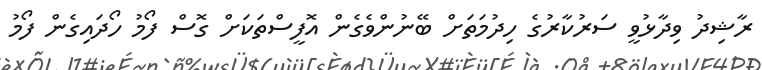
ރާޝިދު ވިދާޅުވީ ސަރުކާރުގެ ހިދުމަތަށް ބޭނުންވެގެން އޮފީސްތަކަށް ގޮސް ފޯމު ހޯދައިގެން ފޯމު